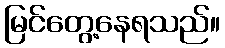
မြင်တွေ့နေရသည်။